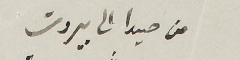
من صيدا الى بيروت